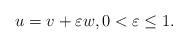
LaTeX: \begin{align*} u=v+\varepsilon w, 0<\varepsilon \leq 1.\end{align*}